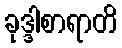
ခုဒ္ဒါစာရာတိ